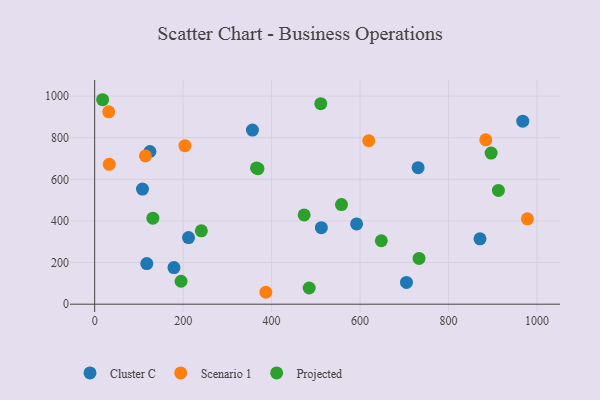
{"axis": {"x": "Distance", "y": "Rating"}, "legend": ["Cluster C", "Projected", "Scenario 1"], "data": [{"x": "871.2", "y": 314.1, "type": "Cluster C"}, {"x": "967.9", "y": 879.7, "type": "Cluster C"}, {"x": "704.9", "y": 104.7, "type": "Cluster C"}, {"x": "108.1", "y": 553.0, "type": "Cluster C"}, {"x": "731.3", "y": 656.3, "type": "Cluster C"}, {"x": "356.7", "y": 836.7, "type": "Cluster C"}, {"x": "212.2", "y": 320.4, "type": "Cluster C"}, {"x": "117.8", "y": 195.1, "type": "Cluster C"}, {"x": "179.3", "y": 176.0, "type": "Cluster C"}, {"x": "592.2", "y": 385.9, "type": "Cluster C"}, {"x": "512.5", "y": 367.8, "type": "Cluster C"}, {"x": "124.9", "y": 733.8, "type": "Cluster C"}, {"x": "114.7", "y": 712.5, "type": "Scenario 1"}, {"x": "204.1", "y": 761.9, "type": "Scenario 1"}, {"x": "619.7", "y": 785.4, "type": "Scenario 1"}, {"x": "978.3", "y": 410.4, "type": "Scenario 1"}, {"x": "33.0", "y": 672.4, "type": "Scenario 1"}, {"x": "387.0", "y": 57.3, "type": "Scenario 1"}, {"x": "31.7", "y": 924.5, "type": "Scenario 1"}, {"x": "884.2", "y": 790.1, "type": "Scenario 1"}, {"x": "733.4", "y": 220.0, "type": "Projected"}, {"x": "369.2", "y": 651.2, "type": "Projected"}, {"x": "511.2", "y": 963.6, "type": "Projected"}, {"x": "648.1", "y": 305.0, "type": "Projected"}, {"x": "473.6", "y": 429.0, "type": "Projected"}, {"x": "896.4", "y": 726.1, "type": "Projected"}, {"x": "131.6", "y": 413.4, "type": "Projected"}, {"x": "912.8", "y": 546.6, "type": "Projected"}, {"x": "195.3", "y": 110.2, "type": "Projected"}, {"x": "485.0", "y": 77.9, "type": "Projected"}, {"x": "18.0", "y": 982.6, "type": "Projected"}, {"x": "241.2", "y": 352.8, "type": "Projected"}, {"x": "558.0", "y": 478.6, "type": "Projected"}, {"x": "365.9", "y": 655.1, "type": "Projected"}]}